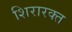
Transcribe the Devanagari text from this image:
शिरारक्त